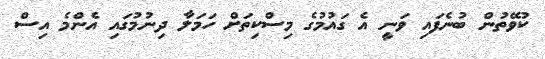
ކުވޭތުން ބުނެފައި ވަނީ އެ ގައުމުގެ މިސްކިތަށް ހަމަލާ ދިނުމުގައި އެންމެ އިސް